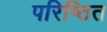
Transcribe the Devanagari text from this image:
परिष्ठित